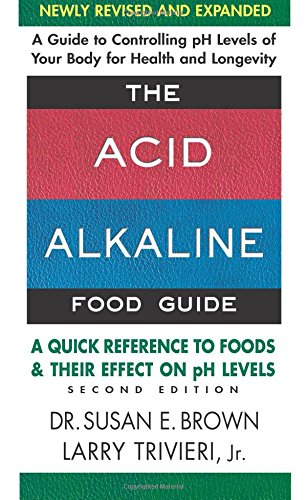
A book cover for The Acid-Alkaline Food Guide - Second Edition: A Quick Reference to Foods & Their Efffect on pH Levels; Susan E. Brown; Health, Fitness & Dieting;